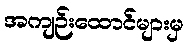
အကျဉ်းထောင်များမှ